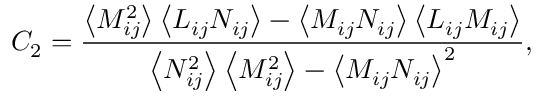
C _ { 2 } = \frac { \left\langle M _ { i j } ^ { 2 } \right\rangle \left\langle L _ { i j } N _ { i j } \right\rangle - \left\langle M _ { i j } N _ { i j } \right\rangle \left\langle L _ { i j } M _ { i j } \right\rangle } { \left\langle N _ { i j } ^ { 2 } \right\rangle \left\langle M _ { i j } ^ { 2 } \right\rangle - \left\langle M _ { i j } N _ { i j } \right\rangle ^ { 2 } } ,